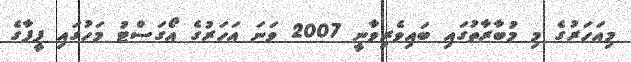
މިއަހަރުގެ މި މުބާރާތުގައި ބައިވެރިވާނީ 2007 ވަނަ އަހަރުގެ އޯގަސްޓު މަހުގައި ފީފާގެ